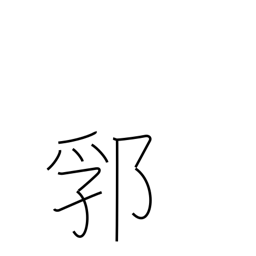
Meaning: earthwork enclosure around a castle